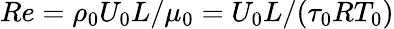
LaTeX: Re=\rho_{0}U_{0}L/\mu_{0}=U_{0}L/(\tau_{0}RT_{0})